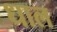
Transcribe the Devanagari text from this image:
धाल